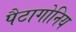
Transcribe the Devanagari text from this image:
पैटागोनिय